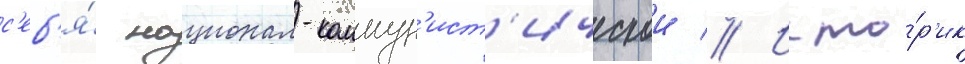
с'еб'я́ национал-коммун'ист'ическои // Исто́р'ик